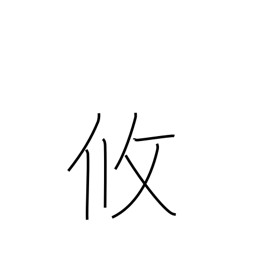
Meaning: relaxed